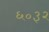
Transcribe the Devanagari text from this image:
६०३२